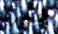
غير